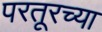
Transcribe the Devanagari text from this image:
परतूरच्या